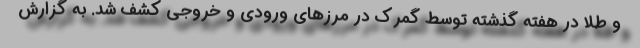
و طلا در هفته گذشته توسط گمرک در مرزهای ورودی و خروجی کشف شد. به گزارش